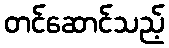
တင်ဆောင်သည့်